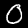
Label: 0